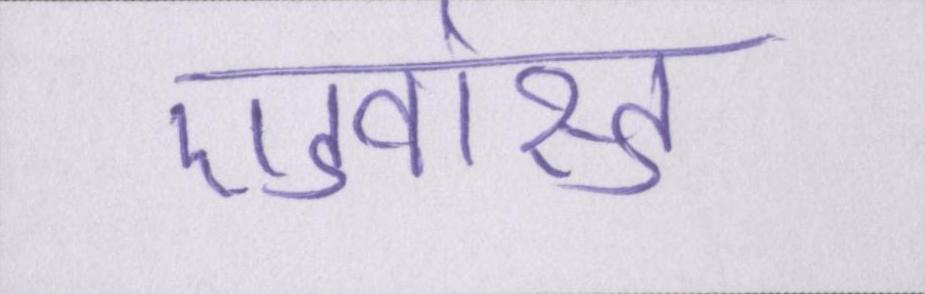
एडवांस्ड